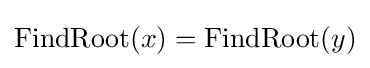
\mathrm {FindRoot} (x)=\mathrm {FindRoot} (y)